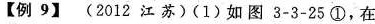
【例9】(2012江苏)(1)如图3-3-25①，在